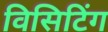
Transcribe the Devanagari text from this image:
विसिटिंग